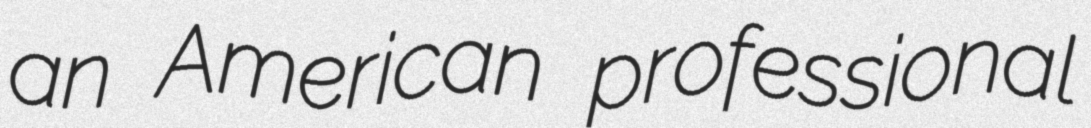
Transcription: an American professional